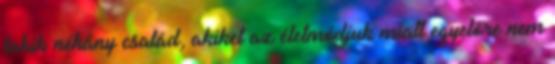
lakik néhány család, akiket az életmódjuk miatt egyelőre nem